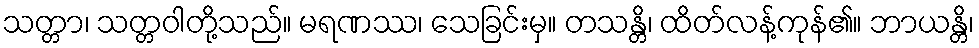
သတ္တာ၊ သတ္တဝါတို့သည်။ မရဏဿ၊ သေခြင်းမှ။ တသန္တိ၊ ထိတ်လန့်ကုန်၏။ ဘာယန္တိ၊